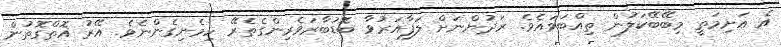
އެ އަށިމަތީ މިބޭބޭކަލުން ތިއްބަވައެވެ. ރަދުންނަށް ލަފާއަރުވާ ބޮޑުބާރަވެރިންގެތެރޭ ހިމެނިގެންނެވެ. އޭރު އޮތްގޮތުން